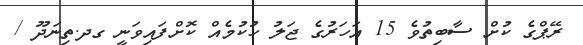
ރޭޕްގެ ކުށް ސާބިތުވެ 15 އަހަރުގެ ޖަލު ހުކުމެއް ކޮށްފައިވަނީ ގދ.ތިނަދޫ /